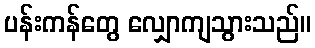
ပန်းကန်တွေ လျှောကျသွားသည်။